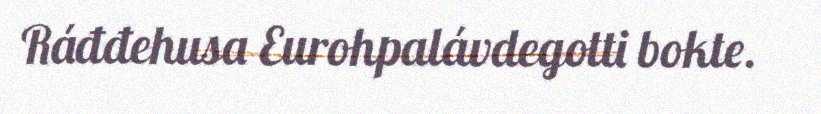
Ráđđehusa Eurohpalávdegotti bokte.